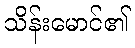
သိန်းမောင်၏